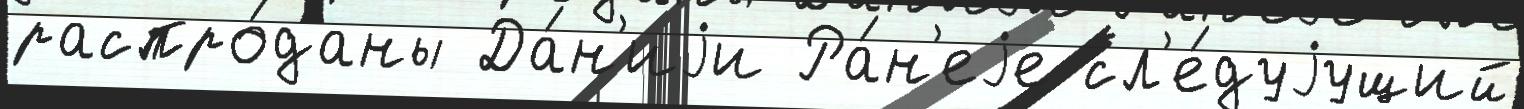
распро́даны Да́н'иjи Ра́н'еjе сл'е́дуjущий